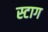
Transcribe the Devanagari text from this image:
स्टाग